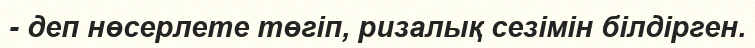
- деп нөсерлете төгіп, ризалық сезімін білдірген.